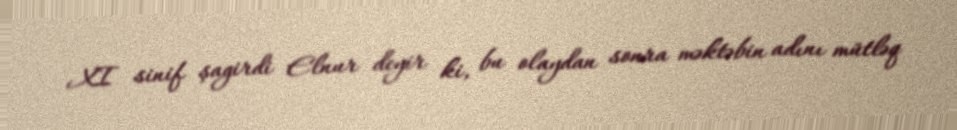
XI sinif şagirdi Elnur deyir ki, bu olaydan sonra məktəbin adını mütləq